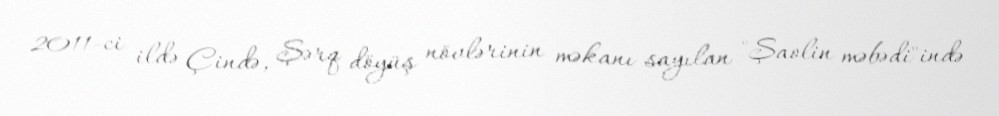
2011-ci ildə Çində, Şərq döyüş növlərinin məkanı sayılan "Şaolin məbədi"ində